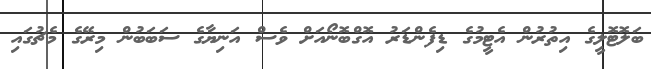
ބަލޮޓޮލީގެ އިތުރުން އެޓީމުގެ ޑިފެންޑަރު އޮގްބޮނޯއަށް ވެސް އަނިޔާގެ ސަބަބުން މިރޭގެ މެޗުގައި